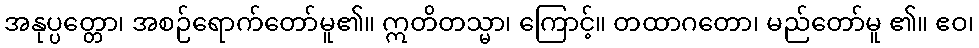
အနုပ္ပတ္တော၊ အစဉ်ရောက်တော်မူ၏။ ဣတိတသ္မာ၊ ကြောင့်။ တထာဂတော၊ မည်တော်မူ ၏။ ဧဝ၊